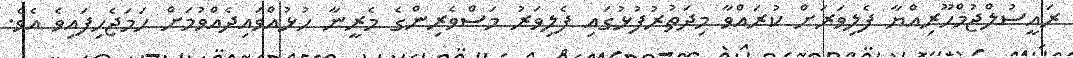
ރައީސުލްޖުމްހޫރިއްޔާ ފެލިވަރަށް ކުރައްވާ މިދަތުރުފުޅުގައި ފެލިވަރު މަސްވެރިންގެ މެރީނާ ހުޅުއްވައިދެއްވުމަށް ހަމަޖެހިފައިވެ އެވެ.